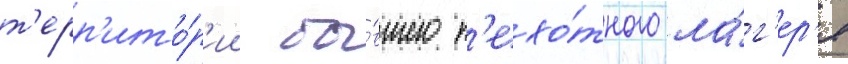
т'ерр'ито́р'ии бы́вшего п'ехо́тного ла́г'ер'я